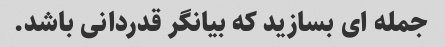
جمله ای بسازید که بیانگر قدردانی باشد.